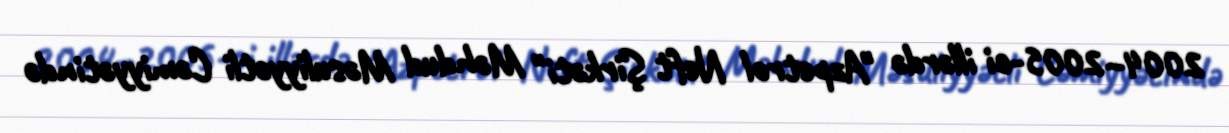
2004–2005-ci illərdə "Azpetrol Neft Şirkəti" Məhdud Məsuliyyətli Cəmiyyətində